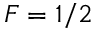
F = 1 / 2